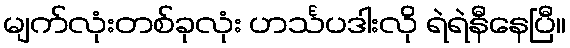
မျက်လုံးတစ်ခုလုံး ဟင်္သပဒါးလို ရဲရဲနီနေပြီ။